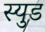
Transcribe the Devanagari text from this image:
स्युड